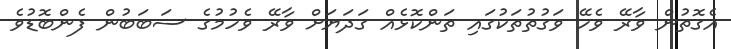
އެގޮތުން ވާރޭ ވެހޭ ވަގުތުތަކުގައި ތަންކޮޅެއް ގަދަޔަށް ވާރޭ ވެހުމުގެ ސަބަބުން ފެންބޮޑުވެ